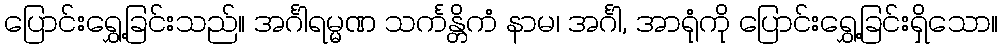
ပြောင်းရွှေ့ခြင်းသည်။ အင်္ဂါရမ္မဏ သင်္ကန္တိကံ နာမ၊ အင်္ဂါ, အာရုံကို ပြောင်းရွှေ့ခြင်းရှိသော။